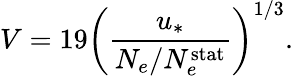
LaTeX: V=19\left(\frac{u_{\ast}}{N_{e}/N_{e}^{\mathrm{stat}}}\right)^{1/3}.